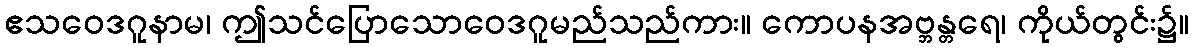
ဧသဝေဒဂူနာမ၊ ဤသင်ပြောသောဝေဒဂူမည်သည်ကား။ ကောပနအဗ္ဘန္တရေ၊ ကိုယ်တွင်း၌။